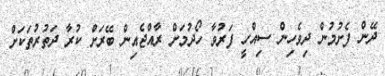
ދޭން ފެށުމުން ދިވެހިން ސިއްހީ ފަރުވާ ހޯދުމަށް ރާއްޖެއިން ބޭރަށް ކުރާ ދަތުރުތަކަށް